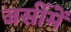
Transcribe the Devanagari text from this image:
जर्सीमें